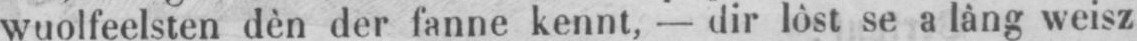
wuolfeelsten dèn der fanne kennt, - dir lôst se a lâng weisz